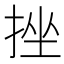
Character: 挫